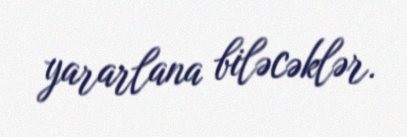
yararlana biləcəklər.